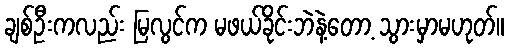
ချစ်ဦးကလည်း မြလွင်က မဖယ်ခိုင်းဘဲနဲ့တော့ သွားမှာမဟုတ်။